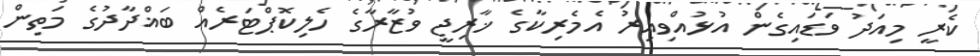
ކެރީ މިއަދު ވަޑައިގެން އުޅުއްވިއިރު އެމެރިކާގެ ޚާރިޖީ ވުޒާރާގެ ހެލިކޮޕްޓަރެއް ބަޣްދާދުގެ މަތިން